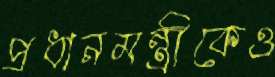
প্রধানমন্ত্রীকেও